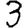
Digit: 3